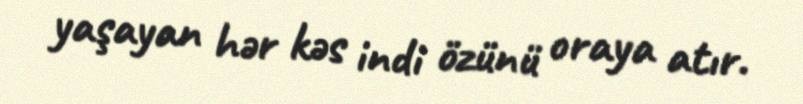
yaşayan hər kəs indi özünü oraya atır.